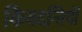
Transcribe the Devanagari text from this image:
किवदन्तियों